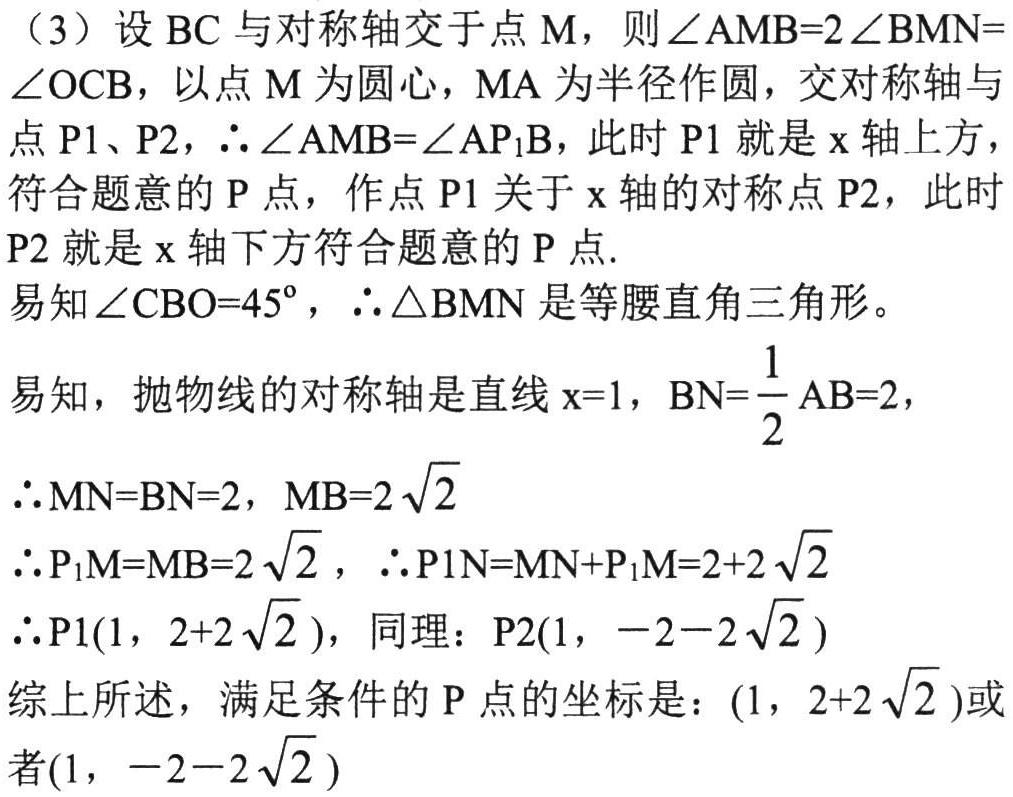
（3）设 \(BC\) 与对称轴交于点 \(M\)，则 \(\angle AMB = 2\angle BMN=\angle OCB\)，以点 \(M\) 为圆心，\(MA\) 为半径作圆，交对称轴与点 \(P1\)、\(P2\)，\(\therefore\angle AMB=\angle AP_{1}B\)，此时 \(P1\) 就是 \(x\) 轴上方，符合题意的 \(P\) 点，作点 \(P1\) 关于 \(x\) 轴的对称点 \(P2\)，此时 \(P2\) 就是 \(x\) 轴下方符合题意的 \(P\) 点.
易知 \(\angle CBO = 45^{\circ}\)，\(\therefore\triangle BMN\) 是等腰直角三角形。
易知，抛物线的对称轴是直线 \(x = 1\)，\(BN=\frac{1}{2}AB = 2\)，
\(\therefore MN = BN = 2\)，\(MB = 2\sqrt{2}\)
\(\therefore P_{1}M = MB = 2\sqrt{2}\)，\(\therefore P1N = MN + P_{1}M=2 + 2\sqrt{2}\)
\(\therefore P1(1,\ 2 + 2\sqrt{2})\)，同理：\(P2(1,\ -2 - 2\sqrt{2})\)
综上所述，满足条件的 \(P\) 点的坐标是：\((1,\ 2 + 2\sqrt{2})\)或者\((1,\ -2 - 2\sqrt{2})\)